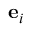
{ \bf { e } } _ { i }